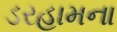
ડરહામના